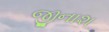
જીનાશ